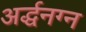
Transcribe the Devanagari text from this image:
अर्द्धनग्न